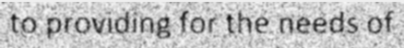
to providing for the needs of